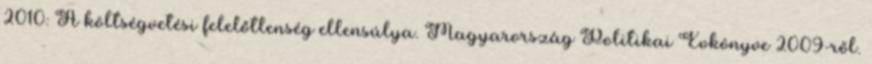
2010: A költségvetési felelőtlenség ellensúlya. Magyarország Politikai Évkönyve 2009-ről.